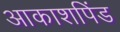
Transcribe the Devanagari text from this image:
आकाशपिंड